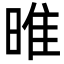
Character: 㫿